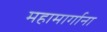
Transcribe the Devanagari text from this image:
महामार्गाना